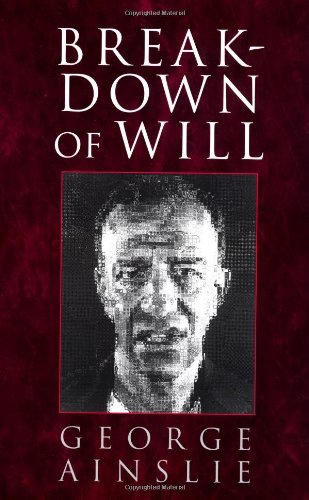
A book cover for Breakdown of Will; George Ainslie; Politics & Social Sciences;